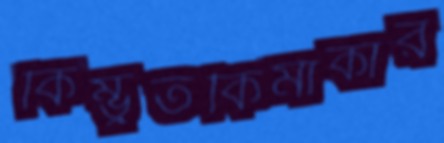
কিম্ভুতকিমাকার